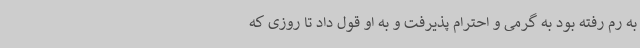
به رم رفته بود به گرمی و احترام پذیرفت و به او قول داد تا روزی که